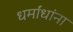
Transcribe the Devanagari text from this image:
धर्मांधांना